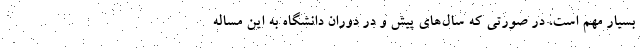
بسیار مهم است، در صورتی که سال‌های پیش و در دوران دانشگاه به این مساله